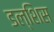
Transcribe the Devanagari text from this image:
डल्शिस